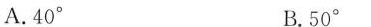
A.40° B.50°